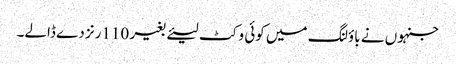
جنہوں نے باؤلنگ میں کوئی وکٹ لیئے بغیر 110رنز دے ڈالے۔